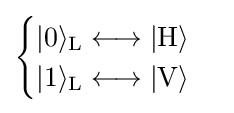
{\begin{cases}|0\rangle _{\rm {L}}\longleftrightarrow |{\rm {H\rangle }}\\|1\rangle _{\rm {L}}\longleftrightarrow |{\rm {V\rangle }}\end{cases}}